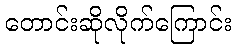
တောင်းဆိုလိုက်ကြောင်း